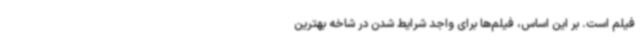
فیلم است. بر این اساس، فیلم‌ها برای واجد شرایط شدن در شاخه بهترین